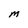
Character: M